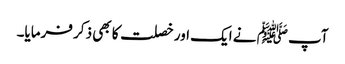
آپ ﷺ نے ایک اور خصلت کا بھی ذکر فرمایا۔